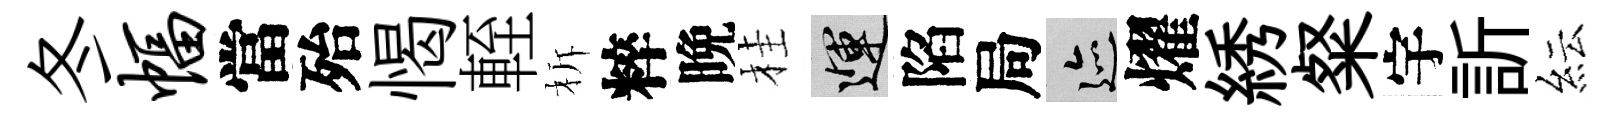
冬幅當殆愒輊柝粹晩桂運陷局迹燿綉粲宇訢紜